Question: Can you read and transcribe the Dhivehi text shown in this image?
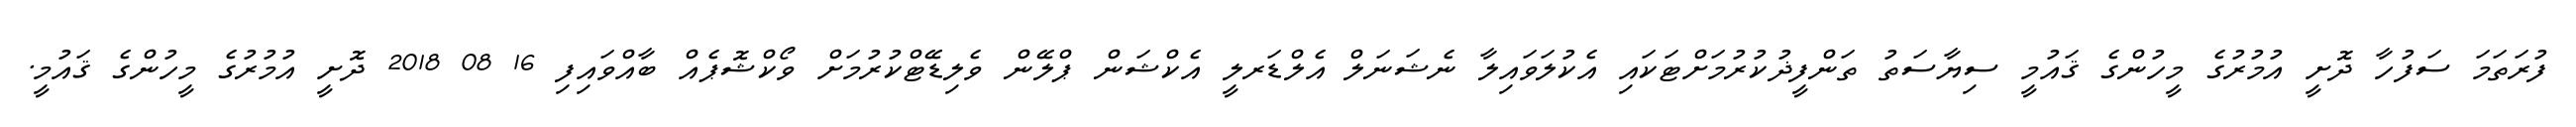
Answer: ފުރަތަމަ ސަފުހާ ދޮށީ އުމުރުގެ މީހުންގެ ޤައުމީ ސިޔާސަތު ތަންފީޛުކުރުމަށްޓަކައި އެކުލަވައިލާ ނެޝަނަލް އެލްޑަރލީ އެކްޝަން ޕްލޭން ވެލިޑޭޓްކުރުމަށް ވޯކްޝޮޕެއް ބާއްވައިފި 16 08 2018 ދޮށީ އުމުރުގެ މީހުންގެ ޤައުމީ.